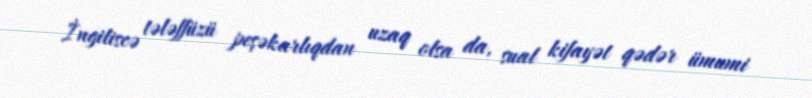
İngiliscə tələffüzü peşəkarlıqdan uzaq olsa da, sual kifayət qədər ümumi